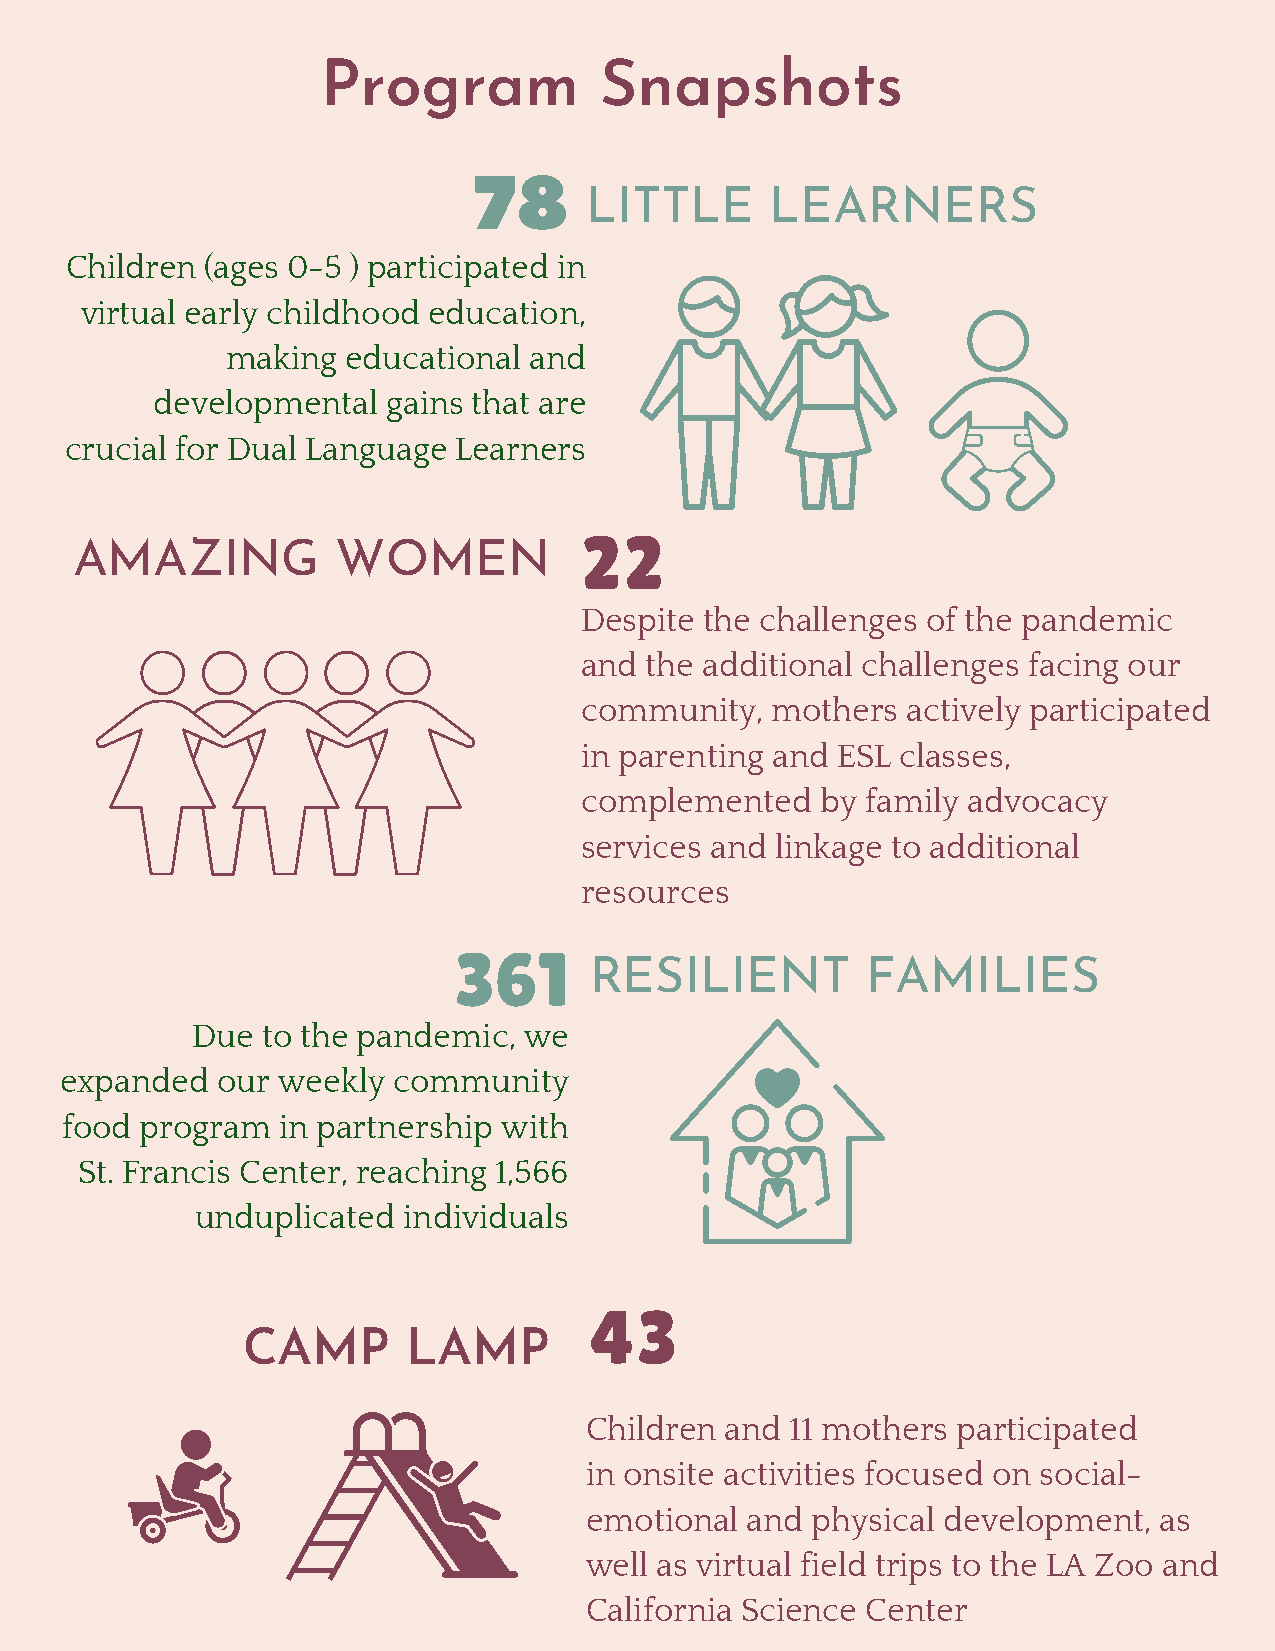
Program            Snapshots
 78
 LITTLE      LEARNERS
 Children  (ages 0-5 ) participated in
 virtual early childhood education,
 making  educational and
 developmental   gains that are
 crucial for Dual Language Learners
 22
 AMAZING          WOMEN
 Despite  the challenges of the pandemic
 and  the additional challenges facing our
 community,   mothers  actively participated
 in parenting and ESL  classes,
 complemented    by family advocacy
 services and linkage to additional
 resources
 361
 RESILIENT         FAMILIES
 Due to the pandemic,  we
 expanded  our weekly  community
 food program  in partnership with
 St. Francis Center, reaching 1,566
 unduplicated  individuals
 43
 CAMP       LAMP
 Children and 11 mothers participated
 in onsite activities focused on social-
 emotional and  physical development,  as
 well as virtual field trips to the LA Zoo and
 California Science Center